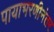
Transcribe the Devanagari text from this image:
पायाभरणीनंतर